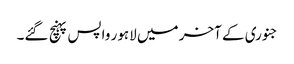
جنوری کے آخر میں لاہور واپس پہنچ گئے۔